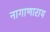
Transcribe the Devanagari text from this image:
नागाणाराय